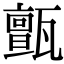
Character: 𤮜